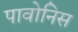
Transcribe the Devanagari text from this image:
पावोनिस